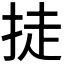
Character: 𪭴